Report of the Indian Hemp Drugs Commission, 1894-1895 - Volume VI
Year: 1894
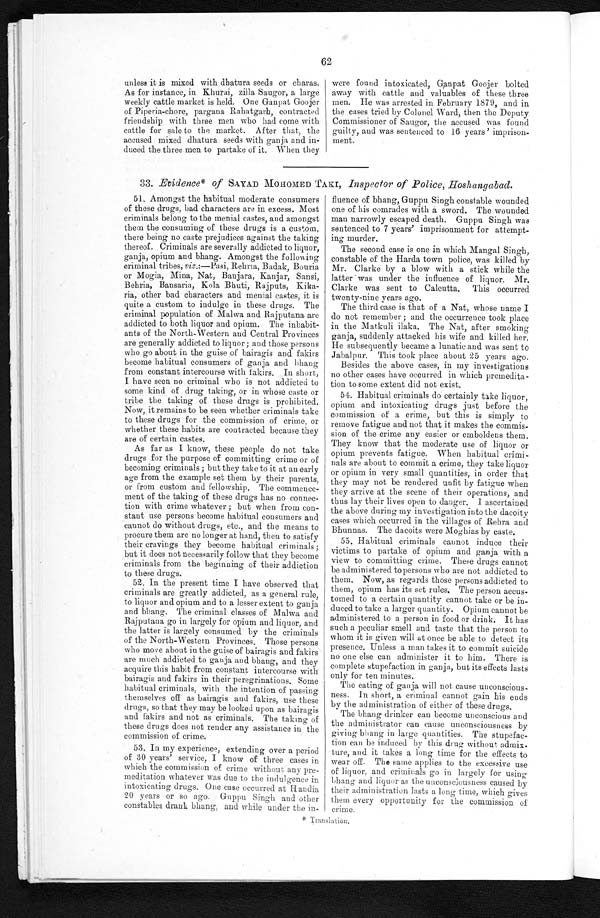
62
unless it is mixed with dhatura seeds or charas.
As for instance, in Khurai, zilla Saugor, a large
weekly cattle market is held. One Ganpat Goojer
of Piperia-chore, pargana Rahatgarh, contracted
friendship with three men who had come with
cattle for sale to the market. After that, the
accused mixed dhatura seeds with ganja and in-
duced the three men to partake of it. When they
were found intoxicated, Ganpat Goojer bolted
away with cattle and valuables of these three
men. He was arrested in February 1879, and in
the cases tried by Colonel Ward, then the Deputy
Commissioner of Saugor, the accused was found
guilty, and was sentenced to 16 years' imprison-
ment.
33. Evidence* of SAYAD MOHOMED TAKI, Inspector of Police, Hoshangabad.
51. Amongst the habitual moderate consumers
of these drugs, bad characters are in excess. Most
criminals belong to the menial castes, and amongst
them the consuming of these drugs is a custom,
there being no caste prejudices against the taking
thereof. Criminals are severally addicted to liquor,
ganja, opium and bhang. Amongst the following
criminal tribes, viz.:—Pasi, Rehria, Badak, Bour
i a o r M o g i a , M i n a , N e t , B a n j a r a , K a n j a r , S a n s i , B e h r i a ,Bansaria, Kola Bhuti, Rajputs, Kika-
ria, other bad characters and menial castes, it is
quite a custom to indulge in these drugs. The
criminal population of Malwa and Rajputana are
addicted to both liquor and opium. The inhabit-
ants of the North-Western and Central Provinces
are generally addicted to liquor ; and those persons
who go about in the guise of bairagis and fakirs
become habitual consumers of ganja and bhang
from constant intercourse with fakirs. In short,
I have seen no criminal who is not addicted to
some kind of drug taking, or in whose caste or
tribe the taking of these drugs is prohibited.
Now, it remains to be seen whether criminals take
to these drugs for the commission of crime, or
whether these habits are contracted because they
are of certain castes.
As far as I know, these people do not take
drugs for the purpose of committing crime or of
becoming criminals ; but they take to it at an early
age from the example set them by their parents,
or from custom and fellowship. The commence-
ment of the taking of these drugs has no connec-
tion with crime whatever ; but when from con-
stant use persons become habitual consumers and
cannot do without drugs, etc., and the means to
procure them are no longer at hand, then to satisfy
their cravings they become habitual criminals ;
but it does not necessarily follow that they become
criminals from the beginning of their addiction
to these drugs.
52. In the present time I have observed that
criminals are greatly addicted, as a general rule,
to liquor and opium and to a lesser extent to ganja
and bhang. The criminal classes of Malwa and
Rajputana go in largely for opium and liquor, and
the latter is largely consumed by the criminals
of the North-Western Provinces, Those persons
who move about in the guise of bairagis and fakirs
are much addicted to ganja and bhang, and they
acquire this habit from constant intercourse with
bairagis and fakirs in their peregrinations. Some
habitual criminals, with the intention of passing
themselves off as bairagis and fakirs, use these
drugs, so that they may be looked upon as bairagis
and fakirs and not as criminals. The taking of
these drugs does not render any assistance in the
commission of crime.
53. In my experience, extending over a period
of 30 years' service, I know of three cases in
which the commission of crime without any pre-
meditation whatever was due to the indulgence in
intoxicating drugs. One case occurred at
H a n d i a 2 0 y e a r s o r s o a g o . G u p p u S i n g h a n d o t h e r
constables drank bhang, and while under the in-
fluence of bhang, Guppu Singh constable wounded
one of his comrades with a sword. The wounded
man narrowly escaped death. Guppu Singh was
sentenced to 7 years' imprisonment for attempt-
ing murder.
The second case is one in which Mangal Singh,
constable of the Harda town police, was killed by
Mr. Clarke by a blow with a stick while the
latter was under the influenc
e o f l i q u o r . M r . C l a r k e w a s s e n t t o C a l c u t t a . T h i s o c c u r r e d
twenty-nine years ago.
The third case is that of a Nat, whose name I
do not remember ; and the occurrence took place
in the Matkuli ilaka. The Nat, after smoking
ganja, suddenly attacked his wife and killed her.
He subsequently became a lunatic and was sent to
Jabalpur. This took place about 25 years ago.
Besides the above cases, in my investigations
no other cases have occurred in which premedita-
tion to some extent did not exist.
54. Habitual criminals do certainly take liquor,
opium and intoxicating drugs just before the
commission of a crime, but this is simply to
remove fatigue and not that it makes the commis-
sion of the crime
a n y e a s i e r o r e m b o l d e n s t h e m . T h e y k n o w t h a t t h e m o d e r a t e u s e o f l i q u o r o r
opium prevents fatigue. When habitual crimi-
nals are about to commit a crime, they take liquor
or opium in very small quantities, in order that
they
may not be rendered unfit by fatigue when
they arrive at the scene of their operations, and
thus lay their lives open to danger. I ascertained
the above during my investigation into the dacoity
cases which occurred in the villages of Rehra and
Bhunnas. The dacoits were Moghias by caste.
55. Habitual criminals cannot induce their
victims to partake of opium and ganja with a
view to committing crime. These drugs cannot
be administered to persons who are not addicted to
them. Now, as regards those persons addicted to
them, opium has its set rules. The person accus-
tomed to a certain quantity cannot take or be in-
duced to take a larger quantity. Opium cannot be
administered to a person in food or drink. It has
such a peculiar smell and taste that the person to
whom it is given will at once be able to detect its
presence. Unless a man takes it to commit suicide
no one else can administer it to him. There is
complete stupefaction in ganja, but its effects lasts
only for ten minutes.
The eating of ganja will not cause unconscious-
ness. In short, a criminal cannot gain his ends
by the administration of either of these drugs.
The bhang drinker can become unconscious and
the administrator can cause unconsciousness by
giving bhang in large quantities. The stupefac-
tion can be induced by this drug without admix.
ture, and it takes a long time for the effects to
wear off. The same applies to the excessive use
of liquor, and criminals go in largely for using
bhang and liquor as the unconsciousness caused by
their administration lasts a long time, which gives
them every opportunity for the commission of
crime.